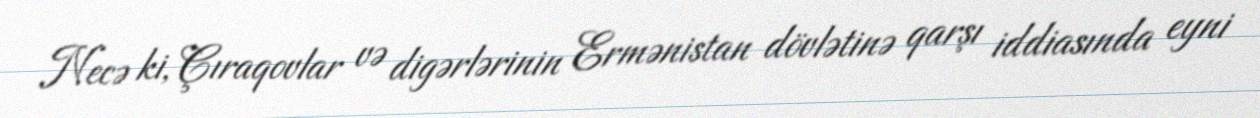
Necə ki, Çıraqovlar və digərlərinin Ermənistan dövlətinə qarşı iddiasında eyni